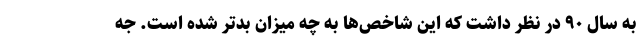
به سال ۹۰ در نظر داشت که این شاخص‌ها به چه میزان بدتر شده است. جه